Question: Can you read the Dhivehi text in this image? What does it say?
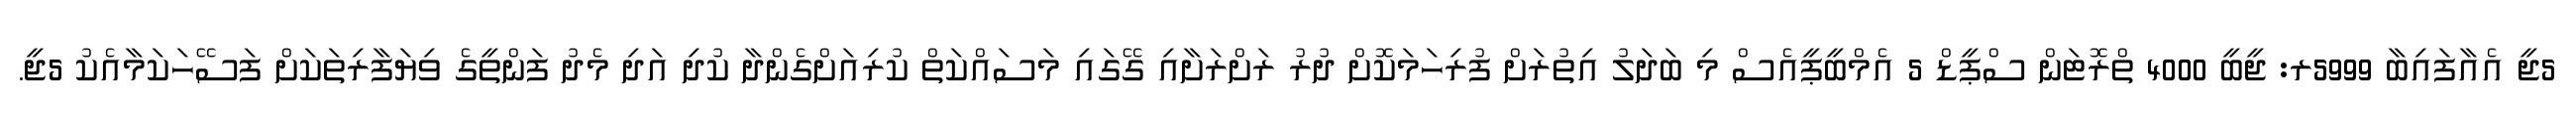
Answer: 5ޖީ އެއާފައިބާ 5999ރ: ޖީބީ 4000 ތްރޮޓަން ސްޕީޑް 5 އެމްބީޕީއެސް މި ބަދަލު އިތުރަށް ފުރިހަމަކޮށް ދުރު ރަށްރަށާއި ގޭގައި މަސައްކަތް ކުރިއަށްގެންދާ ކުދި އަދި މެދު ފަންތީގެ ވިޔަފާރިތަކަށް ފަސޭހަކަމާއެކު 5ޖީ.